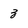
Character: 3